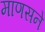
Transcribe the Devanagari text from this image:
माणसने